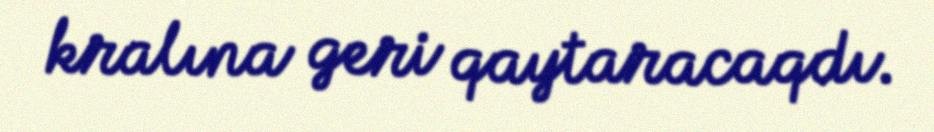
kralına geri qaytaracaqdı.